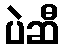
ပဲဆီ